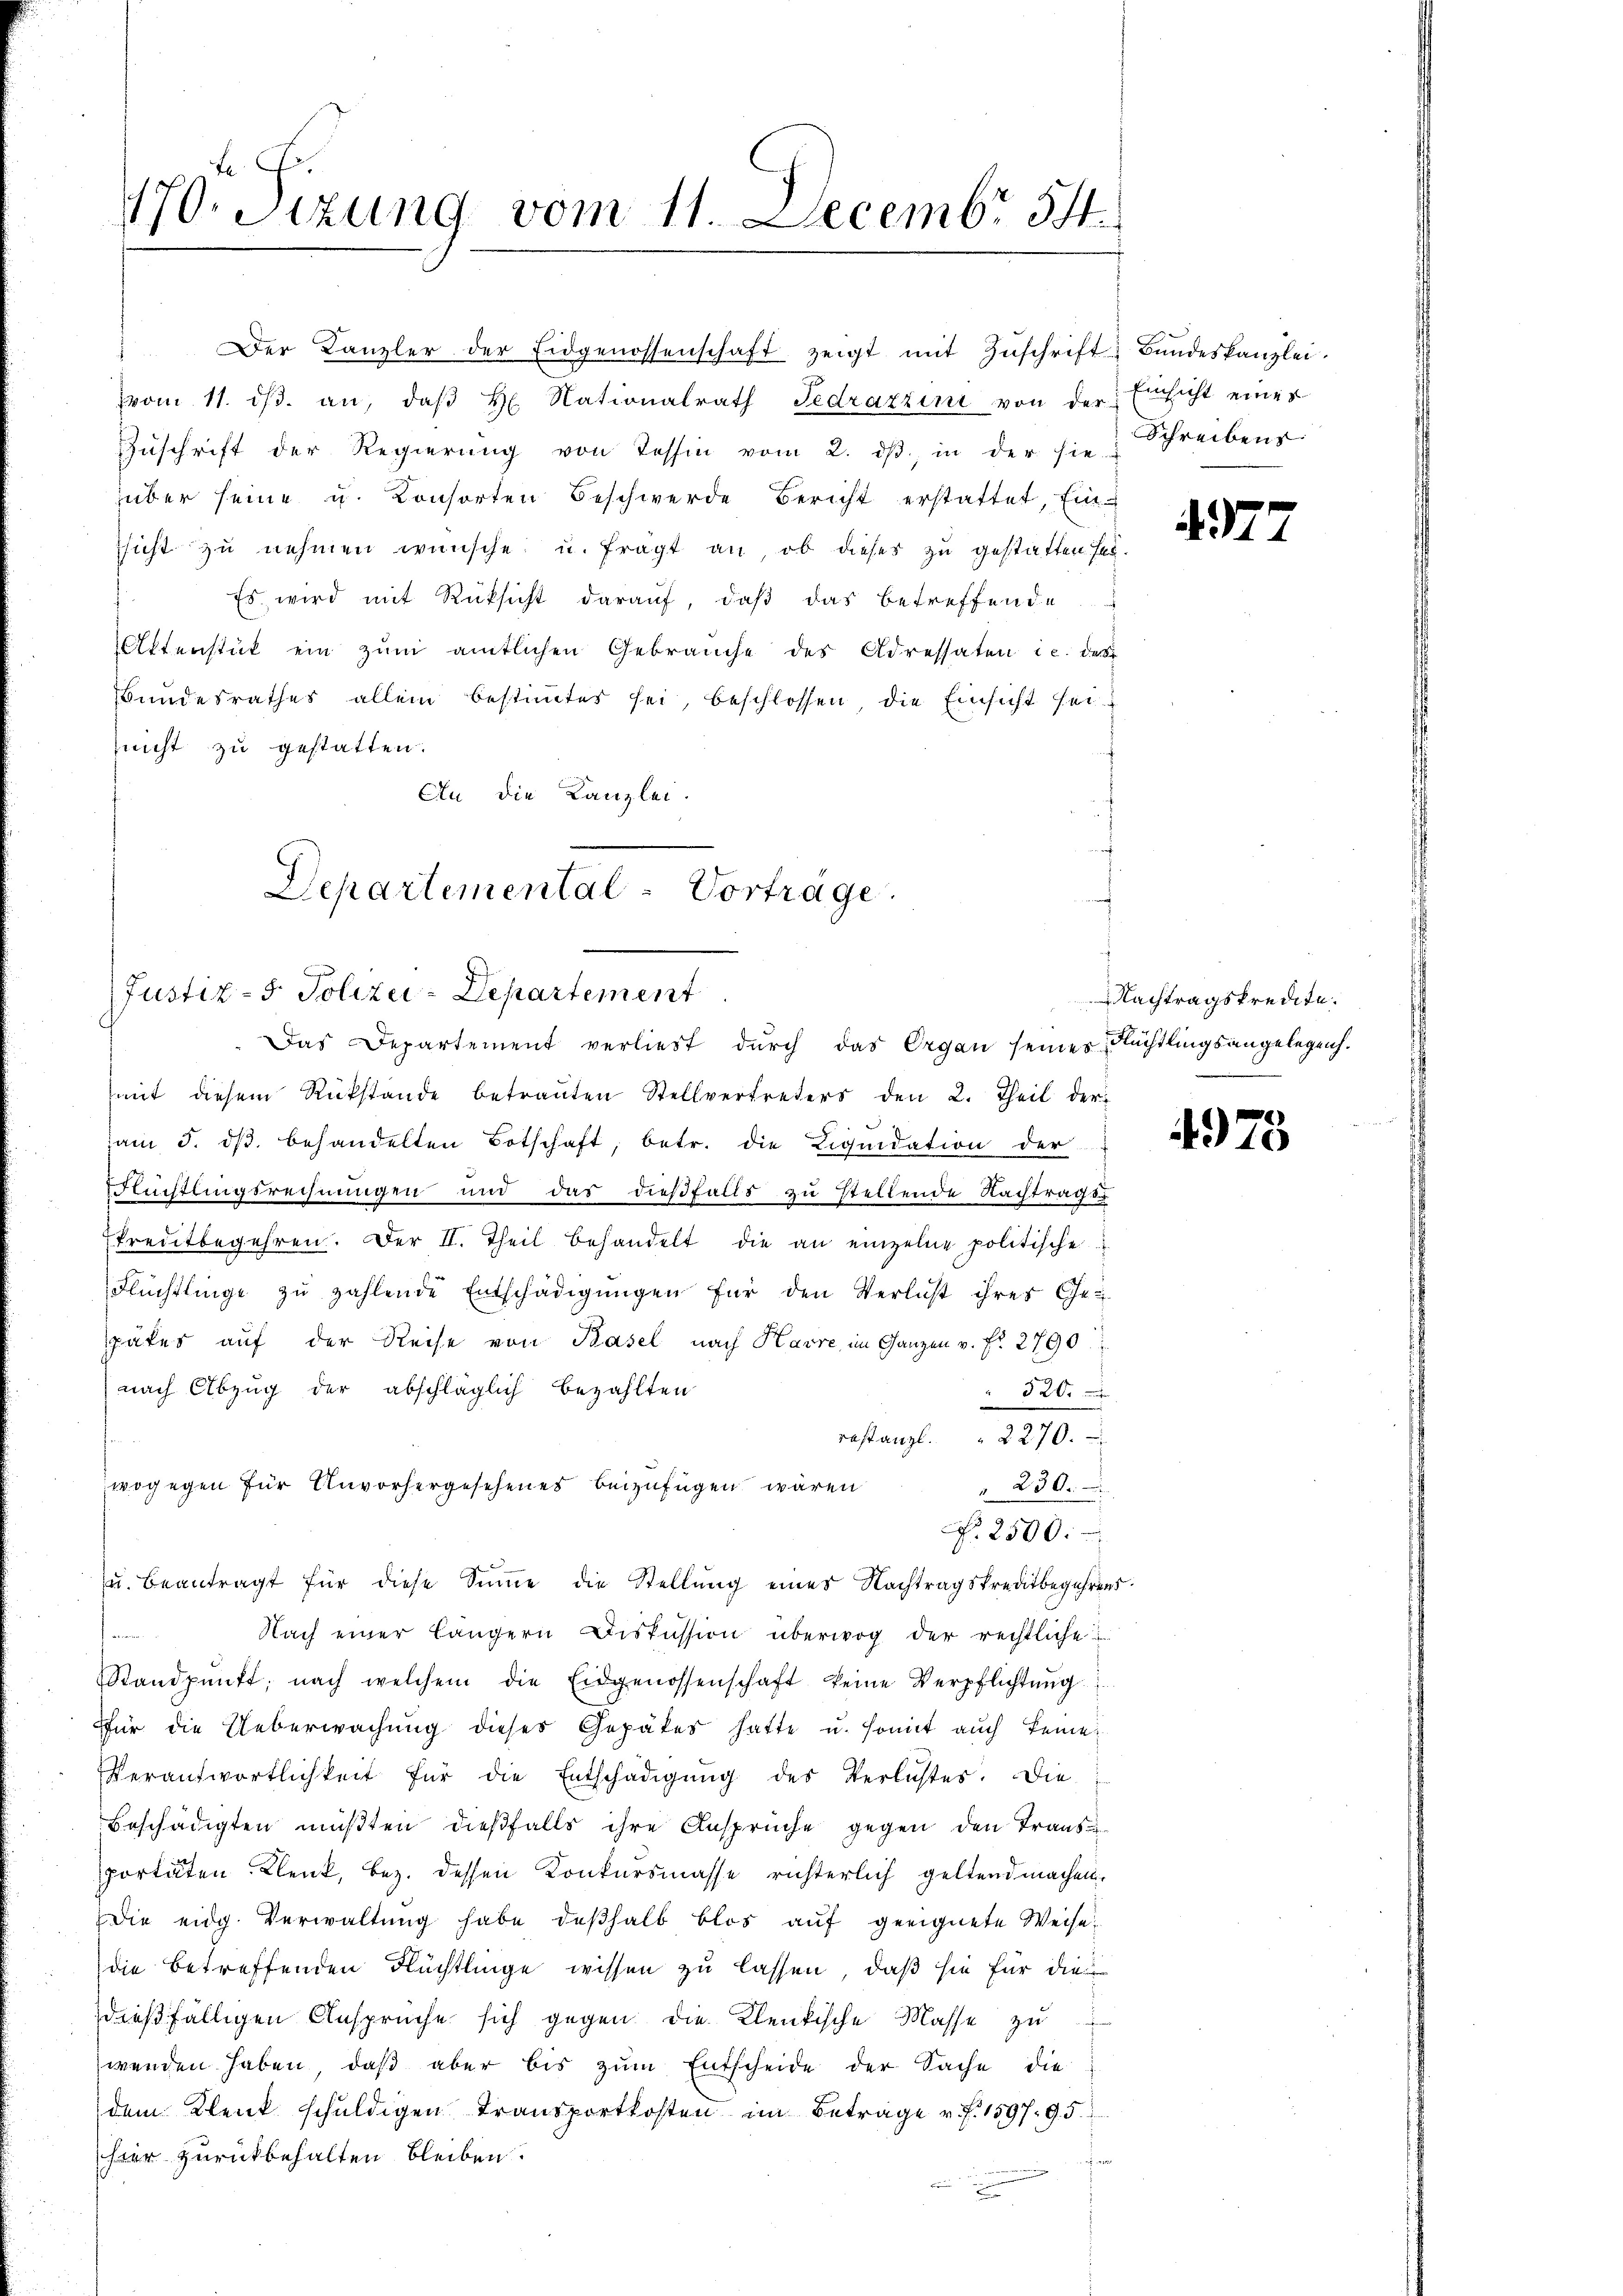
Der Kanzler der Eidgenossenschaft zeigt mit Zŭschrift Bŭndeskanzlei-
vom 11. dβ. an, daβ H. Nationalrath Fedrazrini von der Einsicht eines
Zŭschrift der Regierŭng von Tessin vom 2. dβ, in der hie-
über seine u. Konsorten Beschwerde Bericht erstattet, Ein-
sicht zu nehmen wünsche u. fragt an, ob dieser zu gestatten sey.
Es wird mit Rüksicht darauf, daß das betreffende
Aktenstät ein zŭm amtlichen Gebrauche des Adressaten c. des
Bundesrathes allein bestimmtes sei, beschlossen, die Einsicht sei
nicht zu gestatten.
An die Kanzlei-
(mit diesem Rückstände betrauten Stellvertreters den 2. Theil der-
am 5. dβ behandelten Botschaft, betr. die Liquidation der
Blüchtlingsrechnungen und das dießfalls zu stellende Nachtrages
kreditbegehren. Der II. Theil behandelt die an einzelne politische
Flüchtlinge zu zahlende Entschädigungen für den Verlust ihrer Ge-
später auf der Reise von Pasel nach Havre im Ganzen v. f. 2790
nach Abzug der abschläglich bezahlten
 320.
restanzl. 2270.
wogegen für Unvorhergesehenes beizufügen wären
" 230.
No. 2500.
u. beantragt für diese Summe die Stellŭng eines Nachtragskreditbegehrens
Nach einer längern Diskussion überwog der rechtliche
fen
Standpŭnft; nach welchem die Eidgenossenschaft keine Verpflichtŭng
Für die Ueberwachung dieses Gepätes hatte u. somit auch keine
Verantwortlichkeit für die Entschädigŭng des Verlustes. Die
Beschädigten müßten dießfalls ihre Ansprüche gegen den Transportäten Klenk, bez. dessen Konkursmasse richterlich geltend machen.
Die eidg. Verwaltung habe deßhalb blos auf geeignete Weisedie betreffenden Flüchtlinge wissen zu lassen, daß sie für die
dießfälligen Ansprüche sich gegen die Klentische Masse zŭ
wenden haben, daβ aber bis zŭm Entscheide der Sache die
dem Klenk schuldigen Transportkosten im Betrage v. J. 1597. 95.
ar zurückbehalten bleiben.
u
n

170. Sitzung vom 11. Decembr 34.

Departemental-Vorträge.
Justiz- & Polizei-Departement
Das Departement verliest durch das Organ seines Rechtlingsangelegen.

Schreibens

4977

Nachtragskredite.

4978